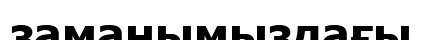
заманымыздағы